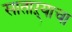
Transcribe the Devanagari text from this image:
साताऱ्याचा